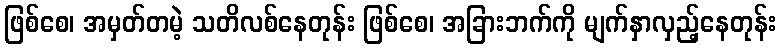
ဖြစ်စေ၊ အမှတ်တမဲ့ သတိလစ်နေတုန်း ဖြစ်စေ၊ အခြားဘက်ကို မျက်နှာလှည့်နေတုန်း